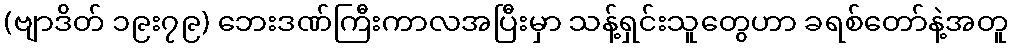
(ဗျာဒိတ် ၁၉း၇၉) ဘေးဒဏ်ကြီးကာလအပြီးမှာ သန့်ရှင်းသူတွေဟာ ခရစ်တော်နဲ့အတူ